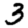
Digit: 3